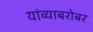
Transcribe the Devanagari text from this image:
यांव्याबरोबर